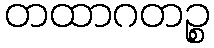
တထာဂတဉ္စ